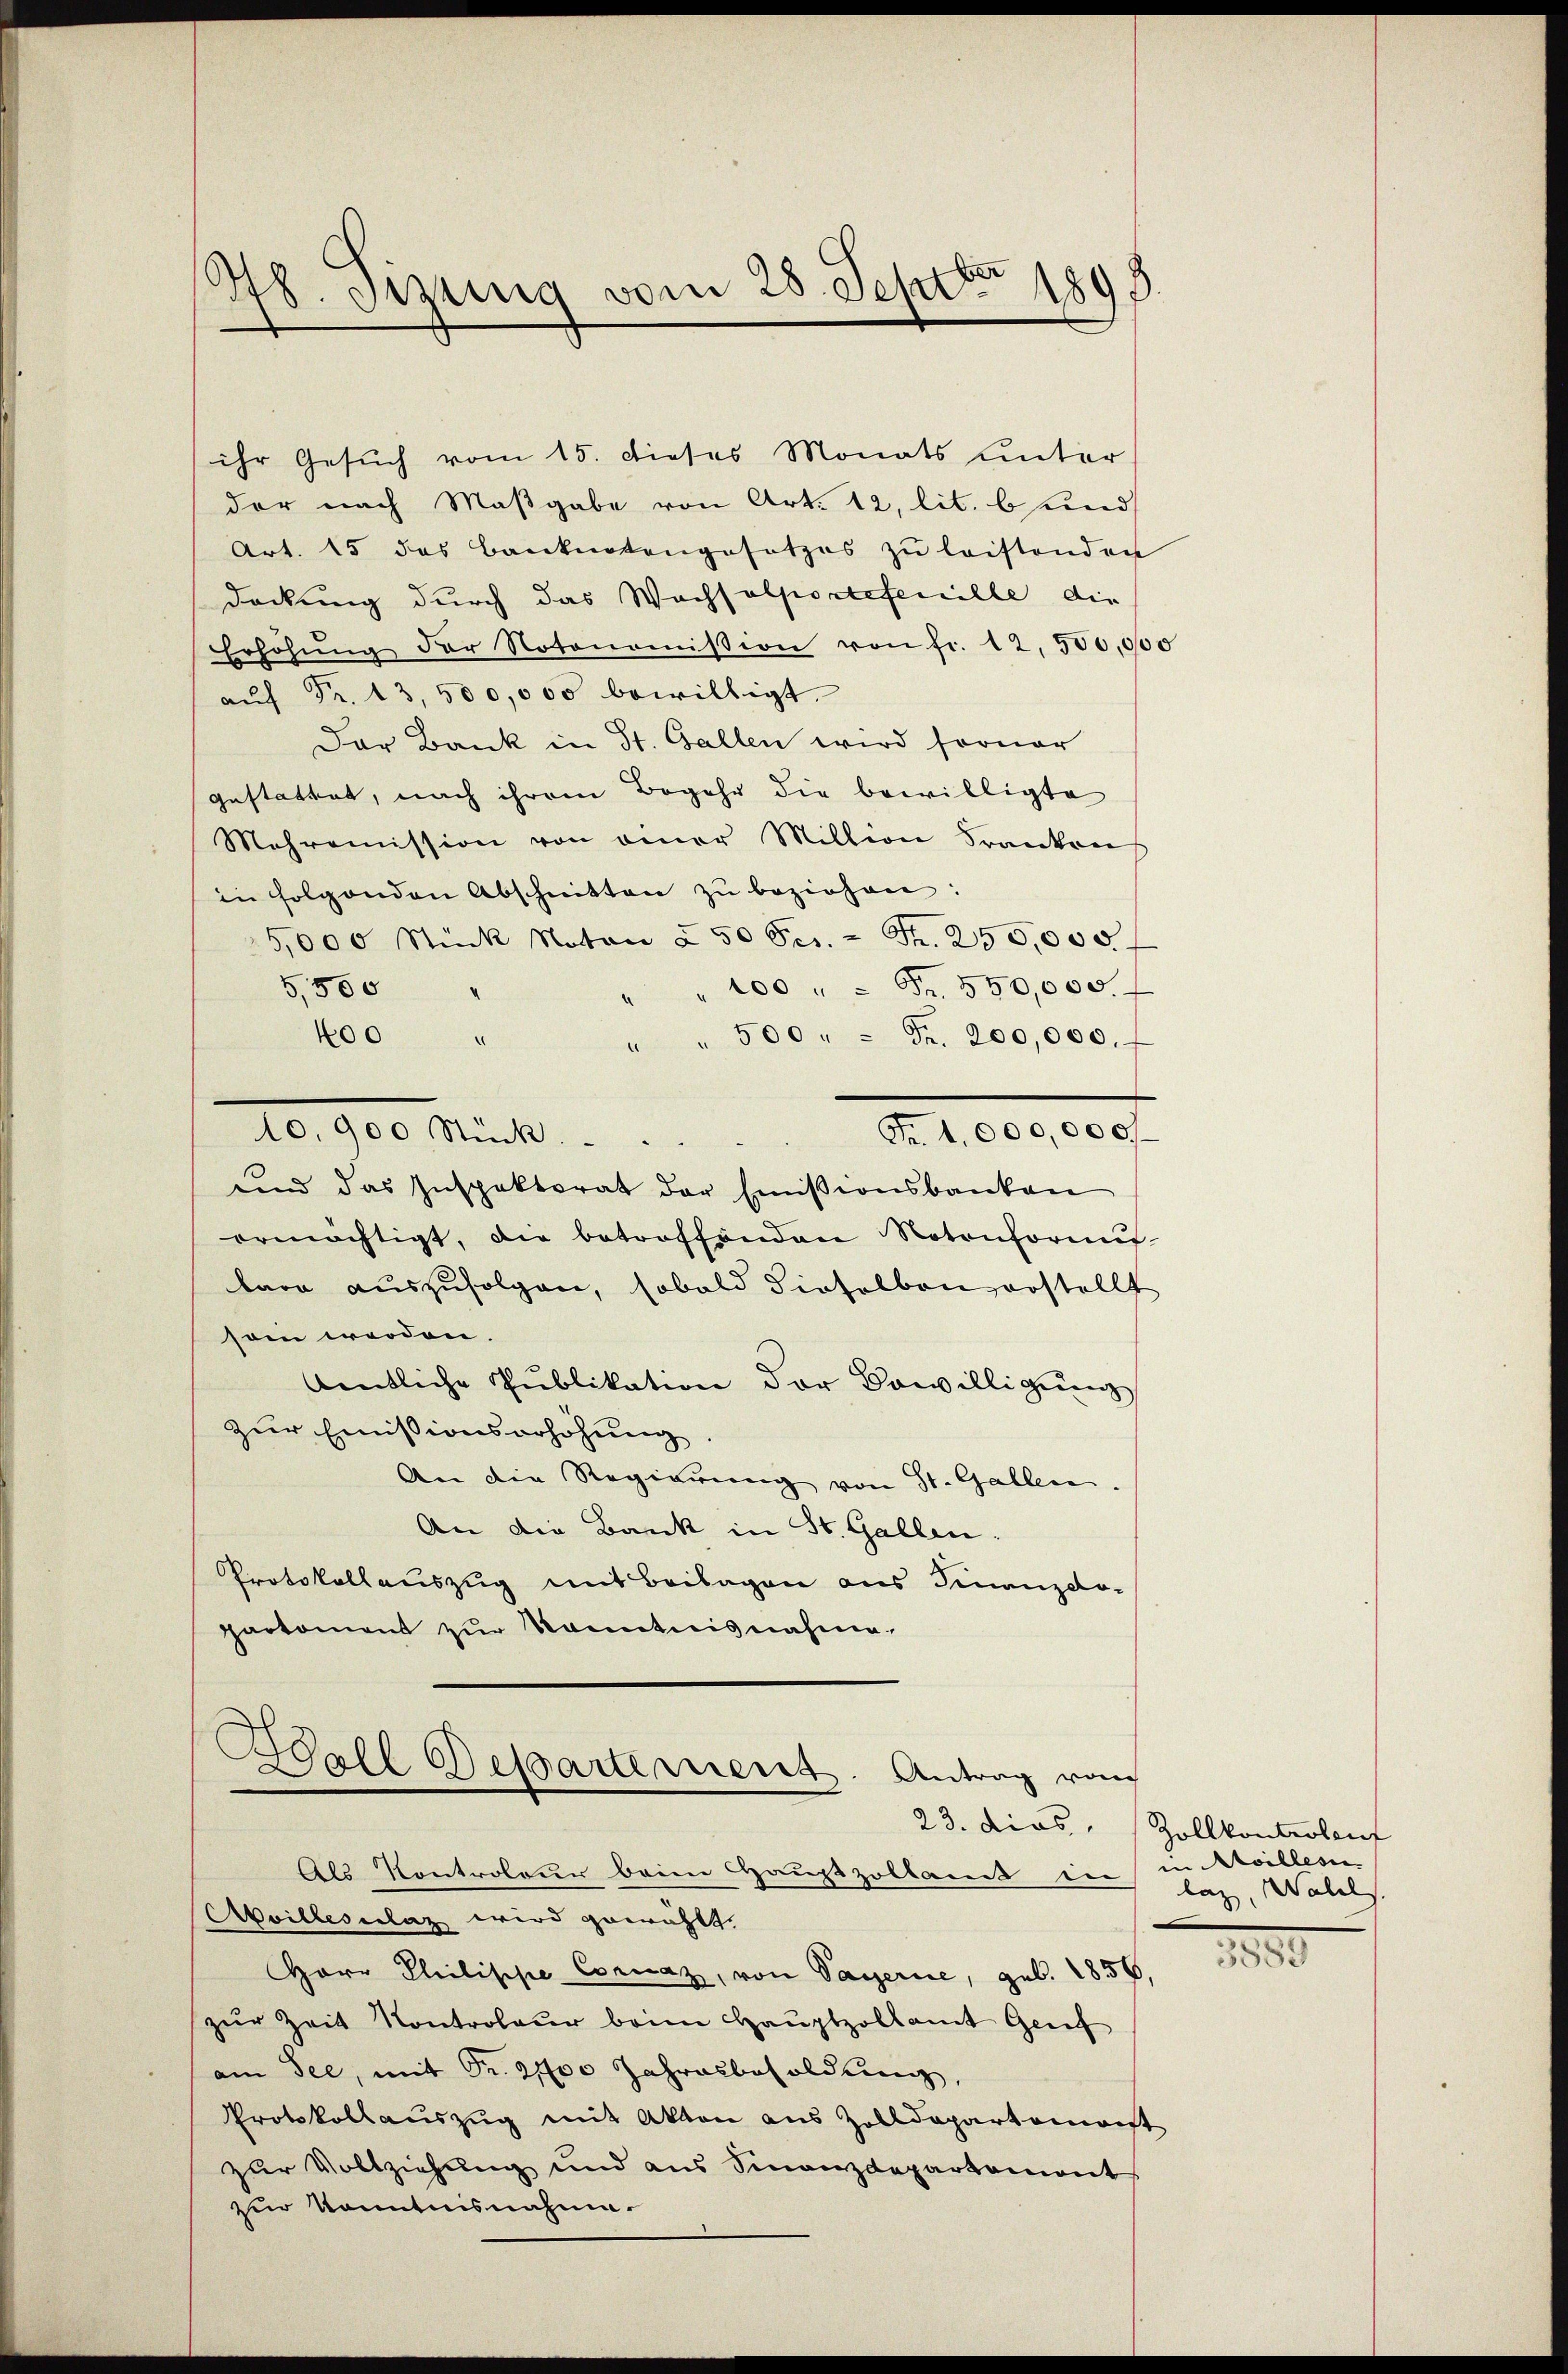
¬
278. Setzung vom 28. Septbr 1893.

ihr Gesuch vom 15. dieses Monats unter
der nach Maßgabe von Art. 12, lit. b und
Art. 15 das Banknotengesetzes zŭ leistenden
dockung durch das Wachsulportefenille die
Erhöhŭng der Notonomision von fr. 12,500,000
aŭf Fr. 13,500,000 bewilligt.
Der Bank in St. Gallen wird ferner
gestattet, nach ihrem Begehr die bewilligte
Mahromission von einer Million Frankreis
in folgenden Abschnitten zŭ beziehen:
5,000 Stück Noton à 50 Pes. - Fr. 250,000.
100 Fr. 550,000.
5,500
“
400 "
" " 500 " " Fr. 200,000.
Fr. 1,000,000
10,900 Stück.
und das Inspektorat der Emissionsbanken
ermächtigt, die betroffenden Notonformŭ-
bara auszufolgen, sobald dieselben erstellt
sein werden.
Amtliche Publikation der Bewilligung
zur Emissionserhöhung
An die Regierung von St. Gallen.
An die Bank in St. Gallen.
Protokollauszug mit Beilagen aus Finanzdo-
parkoment zur Kenntnisnahme,

Herr Philippe Cornaz, von Vaterie, geb. 1856,
zŭr Zeit Kontroleur beim Haŭptzollamt Genf
am See, mit Pr. 2100 Jahresbesoldung,
Protokollauszug mit Akten aus Zolldepartemont
zur Vollziehung und aus Sinanzdepartement
zur Kenntnisnahme.

Ball Departement. Antrag vom
23. dies
Als Kontroleur beim Hauptzollamt die in sollesen
Avillesclaz wird gewählt. |

Zollkontrolin
laz, Wall

.